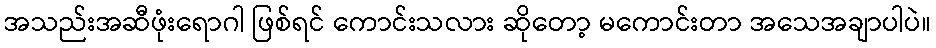
အသည်းအဆီဖုံးရောဂါ ဖြစ်ရင် ကောင်းသလား ဆိုတော့ မကောင်းတာ အသေအချာပါပဲ။